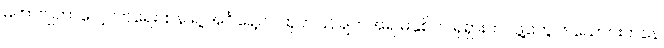
မဟာဗျူဟာလေ့လာရေးဌာန ရဲ့ အင်္ဂါနေ့က ထုတ်ပြန်ချက်အရ မနှစ်က ရုရှားတပ်ဖွဲ့တွေ ၆ သောင်းကနေ